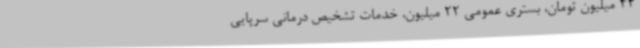
44 میلیون تومان، بستری عمومی 22 میلیون، خدمات تشخیص درمانی سرپایی